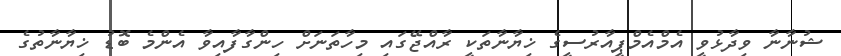
ޝުނާނާ ވިދާޅުވީ އެމްއެމްޕީއާރުސީގެ ޚިޔާނާތަކީ ރާއްޖޭގައި މިހާތަނަށް ހިންގާފާއިވާ އެންމެ ބޮޑު ޚިޔާނާތުގެ